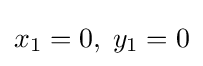
x_{1}=0,\;y_{1}=0